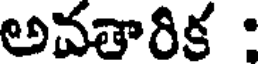
అవతారిక :